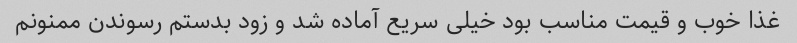
غذا خوب و قیمت مناسب بود خیلی سریع آماده شد و زود بدستم رسوندن ممنونم